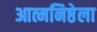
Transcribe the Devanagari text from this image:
आत्मनिष्ठेला